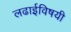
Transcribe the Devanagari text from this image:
लढाईविषयी